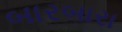
બારબારા